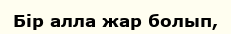
Бір алла жар болып,